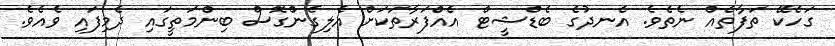
ގަހެކޭ ތަފާތެއް ނެތެވެ. އެނދުގެ ބެޑްޝީޓް އެއްފަރާތަކަށް އެލިގެންގޮސް ބިންމަތީގައި ދެމިފައި ވެއެވެ.